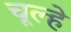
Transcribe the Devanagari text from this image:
चूल्‍हे